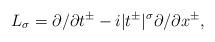
LaTeX: \begin{align*}L_\sigma=\partial/\partial t^\pm -i|t^\pm |^\sigma\partial/\partial x^\pm,\end{align*}